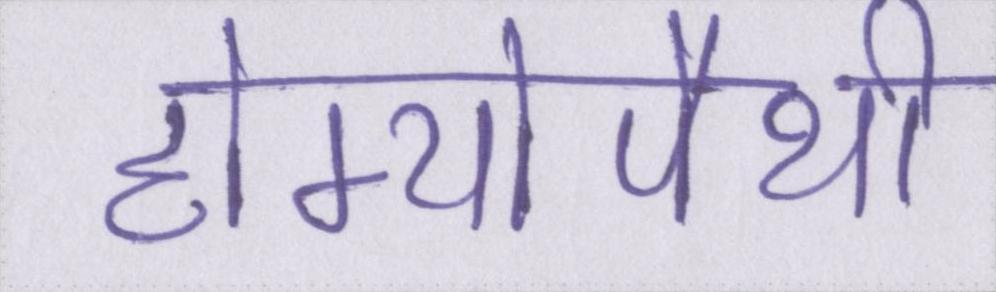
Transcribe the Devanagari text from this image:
होम्योपैथी